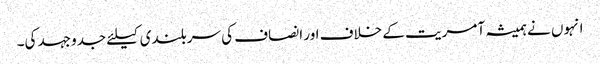
انہوں نے ہمیشہ آمریت کے خلاف اور انصاف کی سربلندی کیلئے جدوجہد کی۔